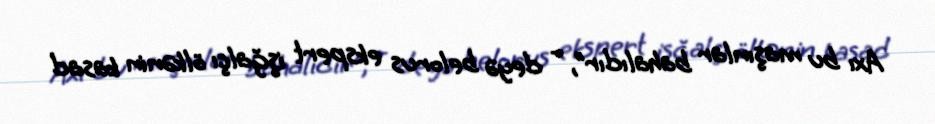
Axı bu maşınlar bahalıdır”, - deyə belorus ekspert işğalçı ölkənin kasad